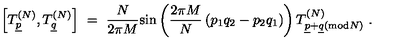
\left[ T _ { \underline { { p } } } ^ { ( N ) } , T _ { \underline { { q } } } ^ { ( N ) } \right] \ = \ \frac { N } { 2 \pi M } \mathrm { s i n } \left( \frac { 2 \pi M } { N } \left( p _ { 1 } q _ { 2 } - p _ { 2 } q _ { 1 } \right) \right) T _ { \underline { { p } } + \underline { { q } } ( \mathrm { m o d } N ) } ^ { ( N ) } \ .